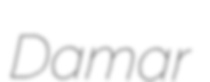
Damar